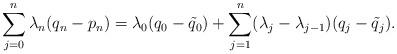
LaTeX: \begin{align*}\sum_{j=0}^n \lambda_n (q_n-p_n) = \lambda_0(q_0-\tilde{q}_0) + \sum_{j=1}^n (\lambda_j-\lambda_{j-1})(q_j-\tilde{q}_j).\end{align*}